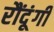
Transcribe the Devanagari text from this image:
रौंदूंगी